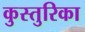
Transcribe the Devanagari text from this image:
कुस्तुरिका